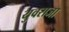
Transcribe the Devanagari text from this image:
युवराजा